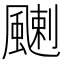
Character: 𩘊